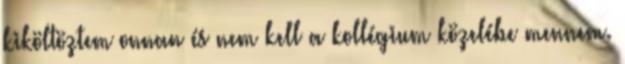
kiköltöztem onnan és nem kell a kollégium közelébe mennem.